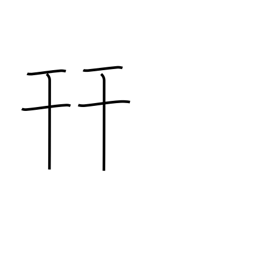
Meaning: put together